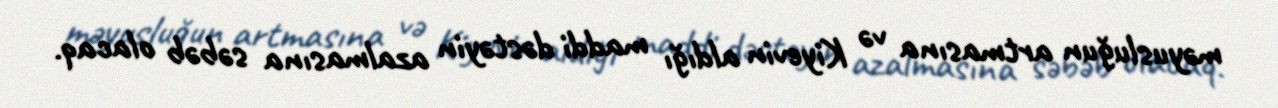
məyusluğun artmasına və Kiyevin aldığı maddi dəstəyin azalmasına səbəb olacaq.